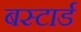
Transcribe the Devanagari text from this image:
बस्टार्ड